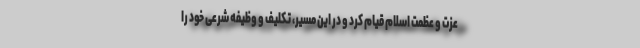
عزت و عظمت اسلام قیام کرد و در این مسیر، تکلیف و وظیفه شرعی خود را